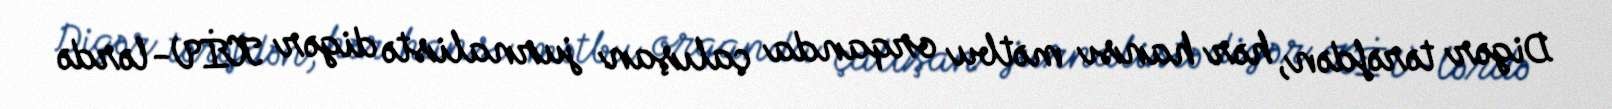
Digər tərəfdən, hər hansı mətbu orqanda çalışan jurnalistə digər KİV-lərdə